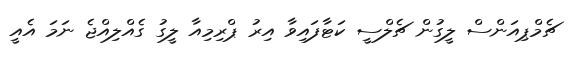
ޗެމްޕިއަންސް ލީގުން ޗެލްސީ ކަޓާފައިވާ އިރު ޕްރިމިއާ ލީގު ގެއްލިއްޖެ ނަމަ އެއީ